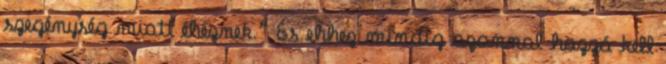
szegénység miatt éheznek.” És ehhez mindig azonnal hozzá kell